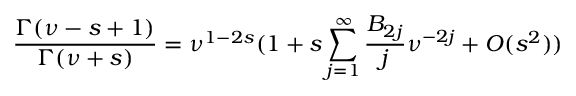
\frac { \Gamma ( \nu - s + 1 ) } { \Gamma ( \nu + s ) } = \nu ^ { 1 - 2 s } ( 1 + s \sum _ { j = 1 } ^ { \infty } \frac { B _ { 2 j } } { j } \nu ^ { - 2 j } + O ( s ^ { 2 } ) )